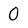
Character: 0